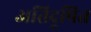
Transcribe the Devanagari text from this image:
अतिदूषित